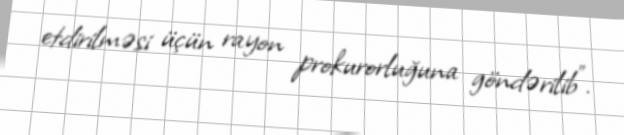
etdirilməsi üçün rayon prokurorluğuna göndərilib”.